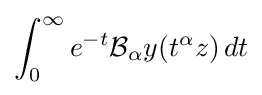
\int _{0}^{\infty }e^{-t}{\mathcal {B}}_{\alpha }y(t^{\alpha }z)\,dt